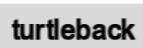
turtleback